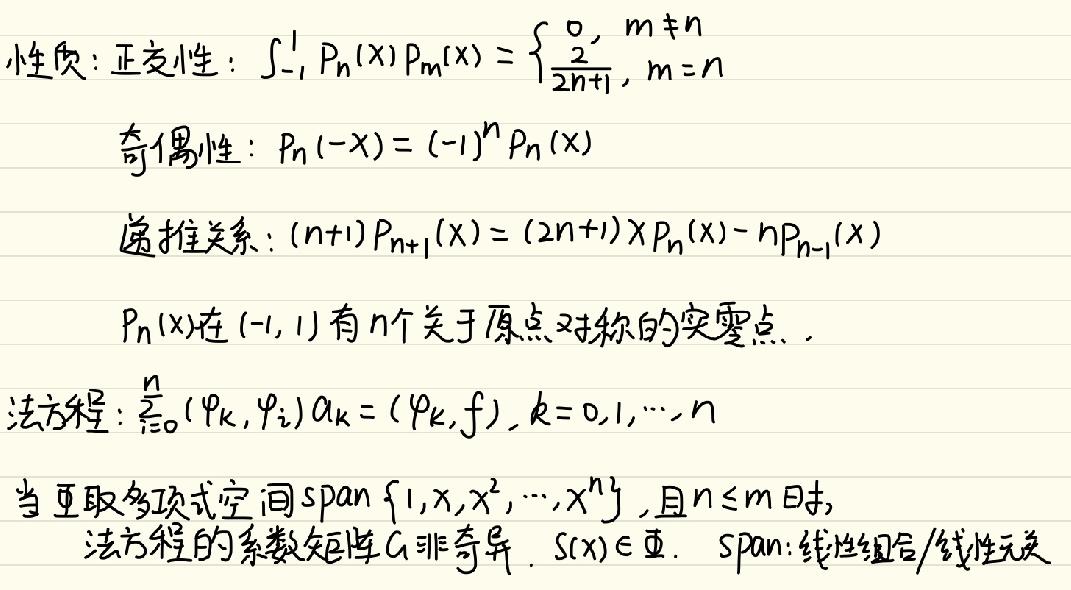
性质：正交性：$\int_{-1}^{1} P_{n}(x)P_{m}(x)=\begin{cases}0, & m \neq n \\ \frac{2}{2n + 1}, & m = n\end{cases}$
奇偶性：$P_{n}(-x)=(-1)^{n}P_{n}(x)$
递推关系：$(n + 1)P_{n + 1}(x)=(2n + 1)xP_{n}(x)-nP_{n - 1}(x)$
$P_{n}(x)$在$(-1,1)$有$n$个关于原点对称的实零点.
法方程：$\sum_{i = 0}^{n}(\varphi_{k},\varphi_{i})a_{k}=(\varphi_{k},f),k = 0,1,\cdots,n$
当$\Phi$取多项式空间$\text{span}\{1,x,x^{2},\cdots,x^{n}\}$,且$n\leq m$时,
法方程的系数矩阵$G$非奇异.$S(x)\in\Phi$. $\text{span}$:线性组合/线性无关